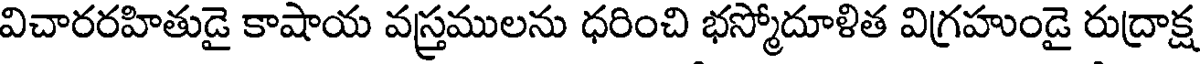
విచారరహితుడై కాషాయ వస్త్రములను ధరించి భస్మోదూళిత విగ్రహుండై రుద్రాక్ష